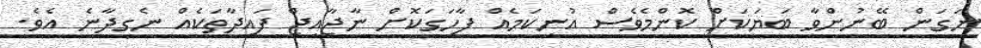
ނަގަން ބޭނުންވާ ބަޔަކަށް ކޮންމެވެސް އުނިކަމެއް ފާހަގަކޮށް ނާޖާއިޖް ފައިދާތަކެއް ނެގިދާނެ އެވެ.